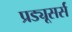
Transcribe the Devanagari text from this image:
प्रड्यूसर्स